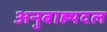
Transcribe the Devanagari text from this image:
अनुबाह्यदल